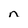
Character: n